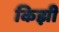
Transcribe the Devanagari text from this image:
किझी